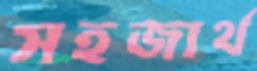
সহজার্থ